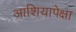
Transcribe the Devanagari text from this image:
आशियापेक्षा